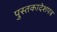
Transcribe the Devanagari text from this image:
पुस्तकादेशपत्र